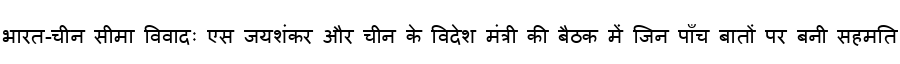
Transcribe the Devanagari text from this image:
भारत-चीन सीमा विवादः एस जयशंकर और चीन के विदेश मंत्री की बैठक में जिन पाँच बातों पर बनी सहमति